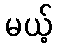
မယ့်